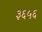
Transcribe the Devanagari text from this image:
३६५६